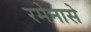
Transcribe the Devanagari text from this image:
रमेनासे